Report of the Municipal Commissioner on the plague in Bombay for the year ending 31st May... - Volume 2
Disease focus: Plague
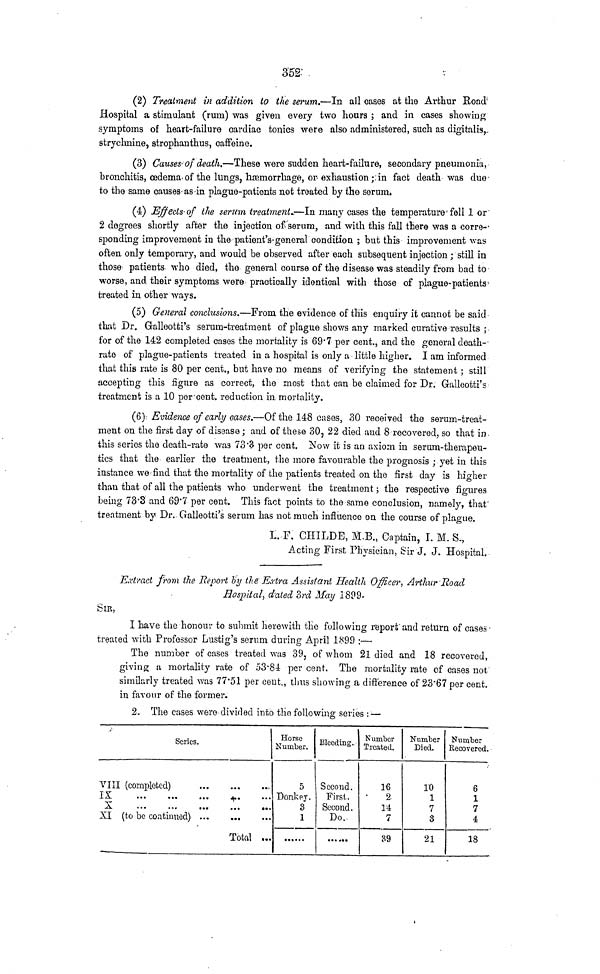
352
(2) Treatment in addition to the serum.—In all cases at the Arthur Road
Hospital a stimulant (rum) was given every two hours ; and in cases showing
symptoms of heart-failure cardiac tonics were also administered, such as digitalis,
strychnine, strophanthus, caffeine.
(3) Causes of death.—These were sudden heart-failure, secondary pneumonia,
bronchitis, œdema of the lungs, hœmorrhage, or exhaustion ; in fact death was duo
to the same causes as in plague-patients not treated by the serum.
(4) Effects of the serum treatment.—In many cases the temperature fell 1 or
2 degrees shortly after the injection of- serum, and with this fall there was a corre-
sponding improvement in the patient's general condition ; but this improvement was
often only temporary, and would be observed after each subsequent injection ; still in
those patients who died, the general course of the disease was steadily from bad to
worse, and their symptoms were practically identical with those of plague-patients
treated in other ways.
(5) General conclusions.—From the evidence of this enquiry it cannot be said
that Dr. Galleotti's serum-treatment of plague shows any marked curative results ;
for of the 142 completed cases the mortality is 69.7 per cent., and the general death-
rate of plague-patients treated in a hospital is only a little higher. I am informed
that this rate is 80 per cent., but have no means of verifying the statement ; still
accepting this figure as correct, the most that can be claimed for Dr. Galleotti's
treatment is a 10 per cent. reduction in mortality.
(6) Evidence of early cases.—Of the 148 cases, 30 received the serum-treat-
ment on the first day of disease ; and of these 30, 22 died and 8 recovered, so that in
this series the death-rate was 73.3 per cent. Now it is an axiom in serum-therapeu-
tics that the earlier the treatment, the more favourable the prognosis ; yet in this
instance we find that the mortality of the patients treated on the first day is higher
than that of all the patients who underwent the treatment ; the respective figures
being 73.3 and 69.7 per cent. This fact points to the same conclusion, namely, that
treatment by Dr. Galleotti's serum has not much influence on the course of plague.
L. F, CHILDE, M.B., Captain, I. M. S.,
Acting First Physician, Sir J. J. Hospital.
Extract from the Report by the Extra Assistant Health Officer, Arthur Road
Hospital, dated 3rd May 1899-
SIR,
I have the honour to submit herewith the following report and return of cases
treated with Professor Lustig's serum during April 1899 :—
The number of cases treated was 39, of whom 21 died and 18 recovered,
giving a mortality rate of 53.84 per cent. The mortality rate of cases not
similarly treated was 77.51 per cent., thus showing a difference of 23.67 per cent.
in favour of the former.
2. The cases were divided into the following series : —
Series.
VIII (completed)
IX
X
XI (to be continued)
Total ...
Horse
Number.
5
Donkey.
3
1
Bleeding.
Second.
First.
Second.
Do.
Number
Treated.
16
2
14
7
39
Number
Died.
10
1
7
3
21
Number
Recovered.
6
1
7
4
18